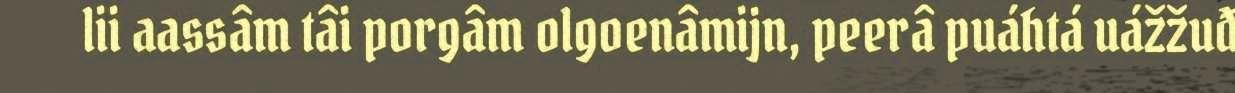
lii aassâm tâi porgâm olgoenâmijn, peerâ puáhtá uážžuđ